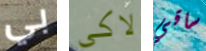
بي لاكي ساقي